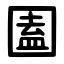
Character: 圔